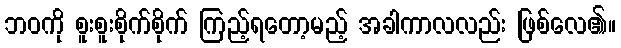
ဘဝကို စူးစူးစိုက်စိုက် ကြည့်ရတော့မည့် အခါကာလလည်း ဖြစ်လေ၏။